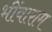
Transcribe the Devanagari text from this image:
भींवाराम